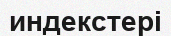
индекстері